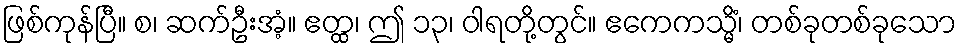
ဖြစ်ကုန်ပြီ။ စ၊ ဆက်ဦးအံ့။ ဧတ္ထ၊ ဤ ၁၃၊ ဝါရတို့တွင်။ ဧကေကသ္မိံ၊ တစ်ခုတစ်ခုသော